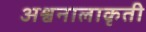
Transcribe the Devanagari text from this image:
अश्वनालाकृती